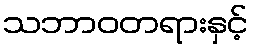
သဘာဝတရားနှင့်